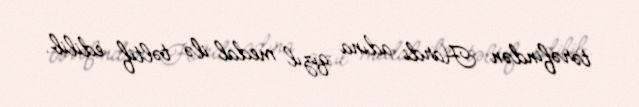
tərəfindən Hardi adına qızıl medal ilə təltif edilib.